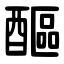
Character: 醧